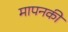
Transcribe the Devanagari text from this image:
मापनकी